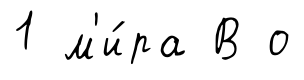
1 м'и́ра В о